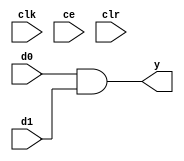
module logical_28d385d867 (
  input [(1 - 1):0] d0,
  input [(1 - 1):0] d1,
  output [(1 - 1):0] y,
  input clk,
  input ce,
  input clr);
  wire d0_1_24;
  wire d1_1_27;
  wire fully_2_1_bit;
  assign d0_1_24 = d0;
  assign d1_1_27 = d1;
  assign fully_2_1_bit = d0_1_24 & d1_1_27;
  assign y = fully_2_1_bit;
endmodule